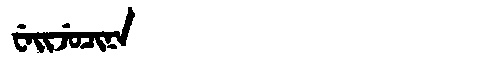
Manchu: ᠸᡝᡳᠵᡠᠴᡳᠨᠠ
Romanization: WEIJUCINA